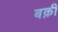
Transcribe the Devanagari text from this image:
बक़ी